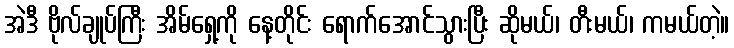
အဲဒီ ဗိုလ်ချုပ်ကြီး အိမ်ရှေ့ကို နေ့တိုင်း ရောက်အောင်သွားပြီး ဆိုမယ်၊ တီးမယ်၊ ကမယ်တဲ့။